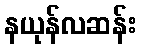
နယုန်လဆန်း